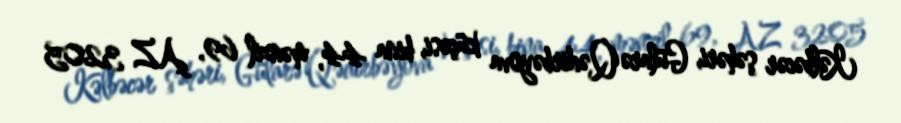
Kəlbəcər şəhəri, Gülarə Qədirbəyova küçəsi, bina 44, mənzil 69, AZ 3205